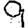
Digit: 9